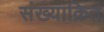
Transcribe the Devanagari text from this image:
संख्याक्रित